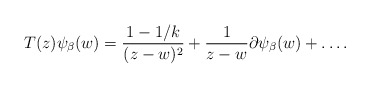
\begin{align*}T(z)\psi _{\beta}(w)=\frac{1-1/k}{(z-w)^2}+\frac{1}{z-w}\partial \psi _{\beta}(w)+\ldots.\end{align*}